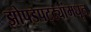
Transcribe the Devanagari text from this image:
झोपडपट्ट्यांमधून